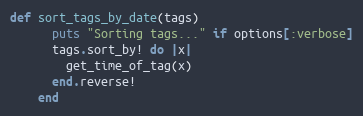
Language: Ruby
def sort_tags_by_date(tags)
      puts "Sorting tags..." if options[:verbose]
      tags.sort_by! do |x|
        get_time_of_tag(x)
      end.reverse!
    end